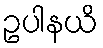
ဥပါနယိ